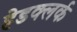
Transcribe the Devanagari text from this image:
हेडक्लर्क